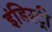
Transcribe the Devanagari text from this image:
इंडिस्ट्री